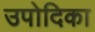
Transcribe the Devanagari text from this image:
उपोदिका